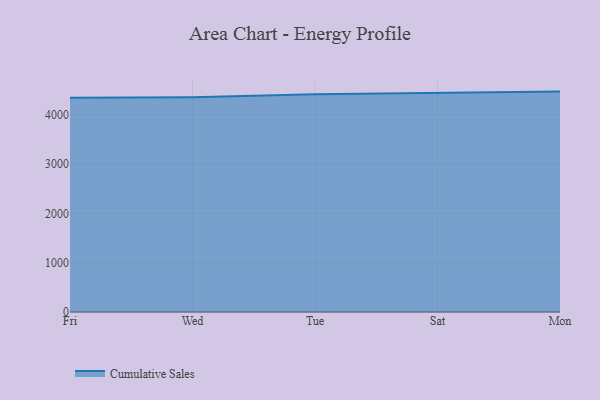
{"axis": {"x": "Day", "y": "Revenue (USD Million)"}, "legend": ["Cumulative Sales"], "data": [{"x": "Fri", "y": 4342.2, "type": "Cumulative Sales"}, {"x": "Wed", "y": 4352.3, "type": "Cumulative Sales"}, {"x": "Tue", "y": 4415.1, "type": "Cumulative Sales"}, {"x": "Sat", "y": 4447.6, "type": "Cumulative Sales"}, {"x": "Mon", "y": 4468.2, "type": "Cumulative Sales"}]}